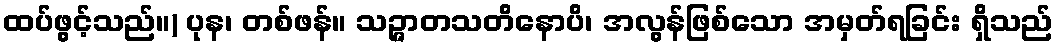
ထပ်ဖွင့်သည်။) ပုန၊ တစ်ဖန်။ သဉ္ဇာတသတိနောပိ၊ အလွန်ဖြစ်သော အမှတ်ရခြင်း ရှိသည်